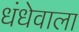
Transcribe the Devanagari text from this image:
धंधेवाला